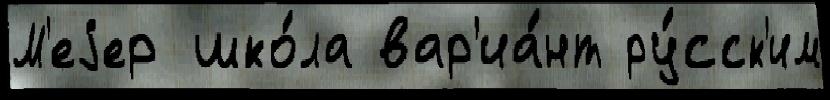
М'еjер шко́ла вар'иа́нт ру́сск'им